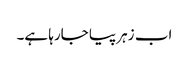
اب زہر پیا جارہا ہے۔